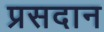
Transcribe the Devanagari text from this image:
प्रसदान